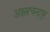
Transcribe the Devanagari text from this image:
अक्षरचन्द्रपुर